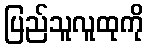
ပြည်သူလူထုကို